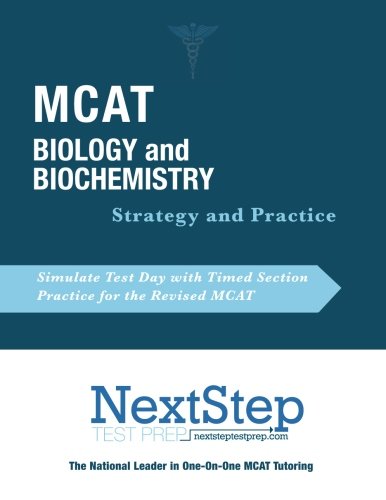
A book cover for MCAT Biology and Biochemistry: Strategy and Practice; Bryan Schnedeker; Test Preparation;